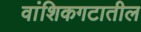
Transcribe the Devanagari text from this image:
वांशिकगटातील